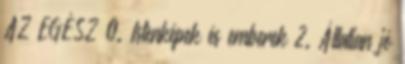
AZ EGÉSZ 0. Istenképek és emberek 2. Állatian jó